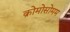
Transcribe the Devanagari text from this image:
क्रोमोसोमम